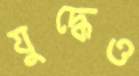
যুদ্ধেও